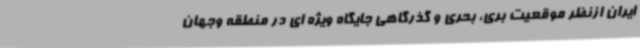
ایران ازنظر موقعیت بری، بحری و گذرگاهی جایگاه ویژه ای در منطقه وجهان